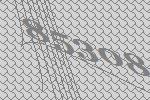
85308